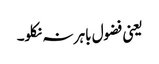
یعنی فضول باہر نہ نکلو۔